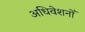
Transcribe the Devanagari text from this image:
अधिवेशनोँ